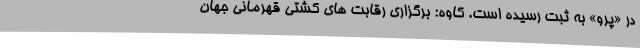
در «پرو» به ثبت رسیده است. کاوه: برگزاری رقابت های کشتی قهرمانی جهان